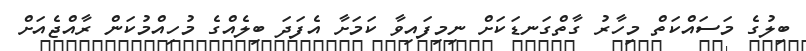
ބިލުގެ މަސައްކަތް މިހާރު ގާތްގަނޑަކަށް ނިމިފައިވާ ކަމަށާ އެފަދަ ބިލެއްގެ މުހިއްމުކަން ރާއްޖެއަށް